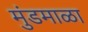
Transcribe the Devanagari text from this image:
मुंडमाळा